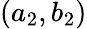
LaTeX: (a_{2},b_{2})